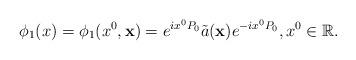
LaTeX: \begin{align*} \phi_1( {x}) =\phi_1( x^{0}, \mathbf{x}) = e^{ix^{0}P_{0}} \tilde{a}( \mathbf{x})e^{-ix^{0}P_{0}}, x^0\in\mathbb{R}.\end{align*}